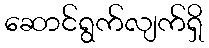
ဆောင်ရွက်လျက်ရှိ